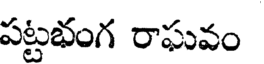
పట్టభంగ రాఘవం